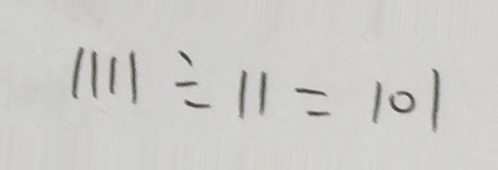
1 1 1 1 \div 1 1 = 1 0 1